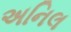
અનિલ